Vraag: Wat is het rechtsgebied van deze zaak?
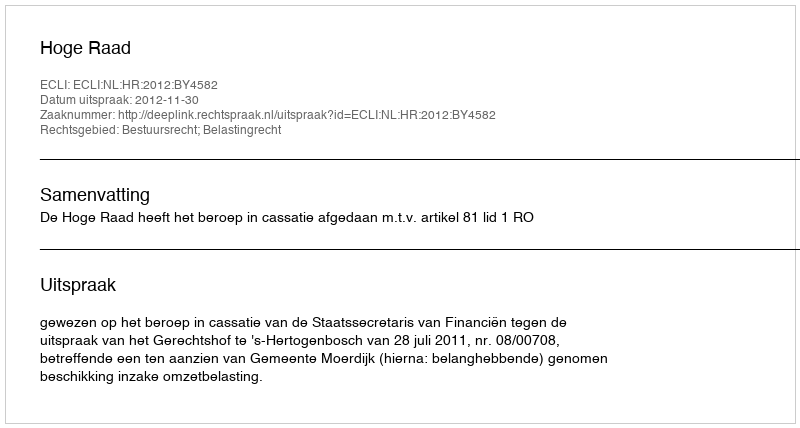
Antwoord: Bestuursrecht; Belastingrecht